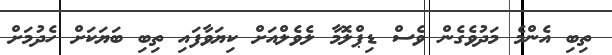
ތިބި އެންމެ މަދުވެގެން ވެސް ޑިޕްލޮމާ ލެވެލްއަށް ކިޔަވާފައި ތިބި ބަޔަކަށް ހެދުމަށް